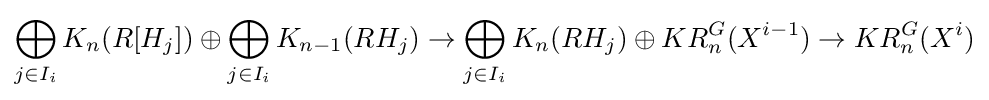
\bigoplus _{j\in I_{i}}K_{n}(R[H_{j}])\oplus \bigoplus _{j\in I_{i}}K_{n-1}(RH_{j})\rightarrow \bigoplus _{j\in I_{i}}K_{n}(RH_{j})\oplus KR_{n}^{G}(X^{i-1})\rightarrow KR_{n}^{G}(X^{i})